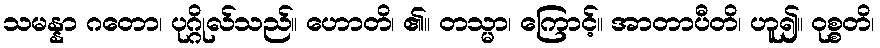
သမန္နာ ဂတော၊ ပုဂ္ဂိုလ်သည်။ ဟောတိ၊ ၏။ တသ္မာ၊ ကြောင့်။ အာတာပီတိ၊ ဟူ၍။ ဝုစ္စတိ၊